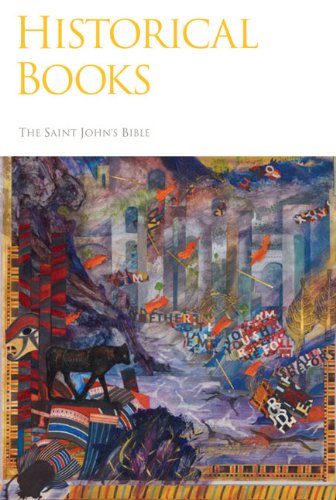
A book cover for The Saint John's Bible: Historical Books; Religion & Spirituality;